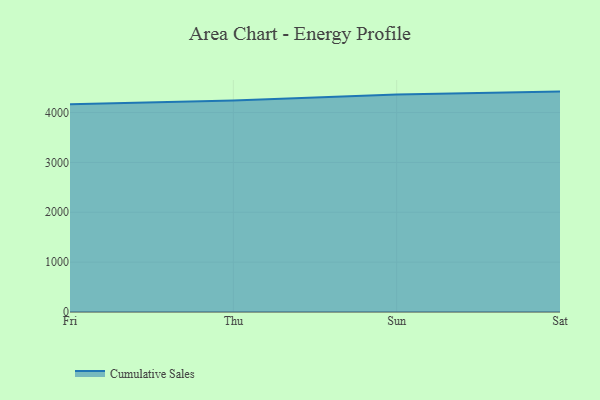
{"axis": {"x": "Day", "y": "Bounce Rate (%)"}, "legend": ["Cumulative Sales"], "data": [{"x": "Fri", "y": 4167.8, "type": "Cumulative Sales"}, {"x": "Thu", "y": 4242.0, "type": "Cumulative Sales"}, {"x": "Sun", "y": 4359.9, "type": "Cumulative Sales"}, {"x": "Sat", "y": 4420.3, "type": "Cumulative Sales"}]}